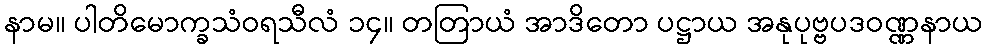
နာမ။ ပါတိမောက္ခသံဝရသီလံ ၁၄။ တတြာယံ အာဒိတော ပဋ္ဌာယ အနုပုဗ္ဗပဒဝဏ္ဏနာယ